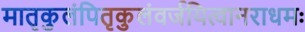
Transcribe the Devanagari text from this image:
मातृकुलंपितृकुलंवर्जयित्वानराधमः